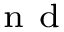
^ { \mathrm { ~ n ~ d ~ } }